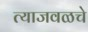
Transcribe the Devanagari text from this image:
त्याजवळचे